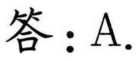
答：\(A\).